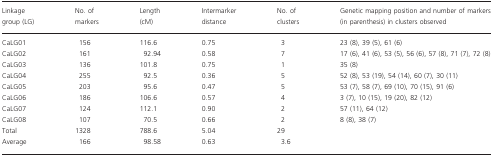
<table><thead><tr><td><b>Linkage group (LG)</b></td><td><b>No. of markers</b></td><td><b>Length (cM)</b></td><td><b>Intermarker distance</b></td><td><b>No. of clusters</b></td><td><b>Genetic mapping position and number of markers (in parenthesis) in clusters observed</b></td></tr></thead><tbody><tr><td>CaLG01</td><td>156</td><td>116.6</td><td>0.75</td><td>3</td><td>23 (8), 39 (5), 61 (6)</td></tr><tr><td>CaLG02</td><td>161</td><td>92.94</td><td>0.58</td><td>7</td><td>17 (6), 41 (6), 53 (5), 56 (6), 57 (8), 71 (7), 72 (8)</td></tr><tr><td>CaLG03</td><td>136</td><td>101.8</td><td>0.75</td><td>1</td><td>35 (8)</td></tr><tr><td>CaLG04</td><td>255</td><td>92.5</td><td>0.36</td><td>5</td><td>52 (8), 53 (19), 54 (14), 60 (7), 30 (11)</td></tr><tr><td>CaLG05</td><td>203</td><td>95.6</td><td>0.47</td><td>5</td><td>53 (7), 58 (7), 69 (10), 70 (15), 91 (6)</td></tr><tr><td>CaLG06</td><td>186</td><td>106.6</td><td>0.57</td><td>4</td><td>3 (7), 10 (15), 19 (20), 82 (12)</td></tr><tr><td>CaLG07</td><td>124</td><td>112.1</td><td>0.90</td><td>2</td><td>57 (11), 64 (12)</td></tr><tr><td>CaLG08</td><td>107</td><td>70.5</td><td>0.66</td><td>2</td><td>8 (8), 38 (7)</td></tr><tr><td>Total</td><td>1328</td><td>788.6</td><td>5.04</td><td>29</td><td></td></tr><tr><td>Average</td><td>166</td><td>98.58</td><td>0.63</td><td>3.6</td><td></td></tr></tbody></table>